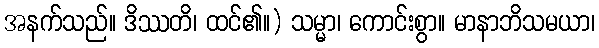
အနက်သည်။ ဒိဿတိ၊ ထင်၏။) သမ္မာ၊ ကောင်းစွာ။ မာနာဘိသမယာ၊